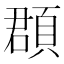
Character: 頵